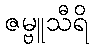
ဇမ္ဗူသီရိ